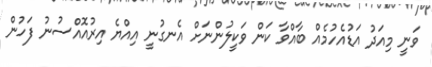
ވަނީ މިއަދު އަޑުއެހުމެއް ބާއްވާ ކަން ވަކީލުންނަށް އެނގުނީ އިއްޔެ އިރުއޮއްސުނު ފަހުން